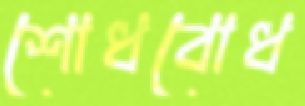
শোধবোধ